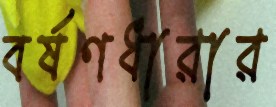
বর্ষণধারার